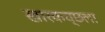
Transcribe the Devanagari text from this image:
खारकच्छला